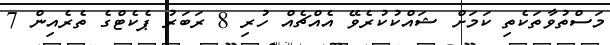
މަސްތުވާތަކެތި ކަމަށް ޝައްކުކުރެވޭ އެއްޗެއް ހުރި 8 ރަބަރު ޕެކެޓްގެ ތެރެއިން 7